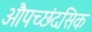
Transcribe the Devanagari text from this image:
औपच्छंदसिक